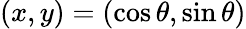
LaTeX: (x,y)=(\cos\theta,\sin\theta)